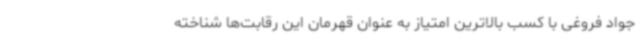
جواد فروغی با کسب بالاترین امتیاز به عنوان قهرمان این رقابت‌ها شناخته